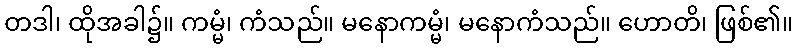
တဒါ၊ ထိုအခါ၌။ ကမ္မံ၊ ကံသည်။ မနောကမ္မံ၊ မနောကံသည်။ ဟောတိ၊ ဖြစ်၏။